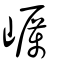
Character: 巁